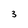
Character: 3